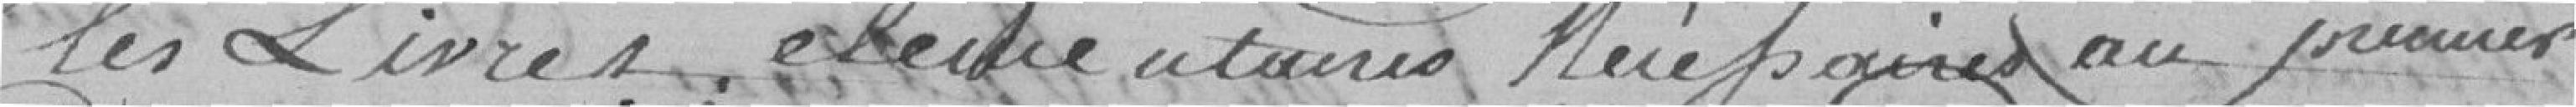
les livres élémentaires nécessaires au premier